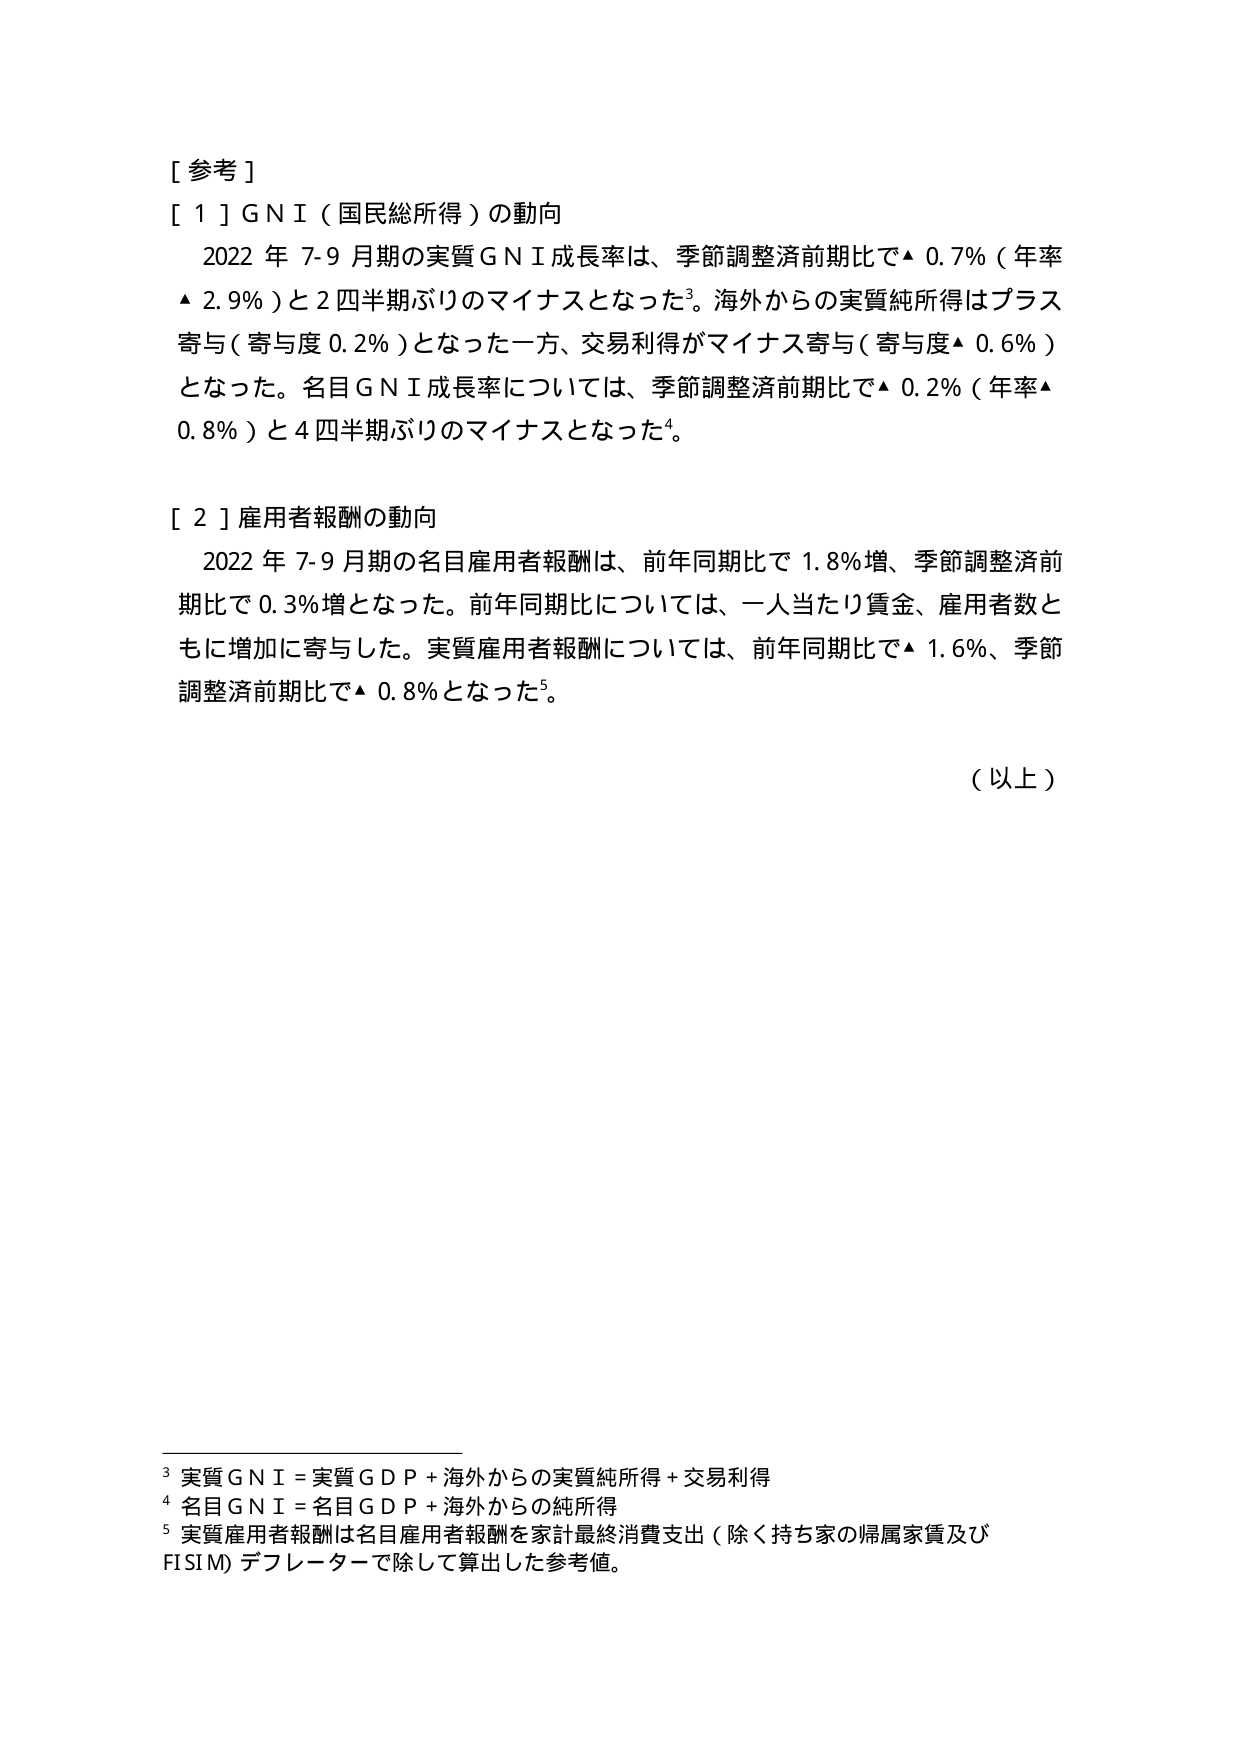
[参考]

[1] GNI（国民総所得）の動向
　2022年7-9月期の実質GNI成長率は、季節調整済前期比で▲0.7％（年率▲2.9％）と2四半期ぶりのマイナスとなった³。海外からの実質純所得はプラス寄与（寄与度0.2％）となった一方、交易利得がマイナス寄与（寄与度▲0.6％）となった。名目GNI成長率については、季節調整済前期比で▲0.2％（年率▲0.8％）と4四半期ぶりのマイナスとなった⁴。

[2] 雇用者報酬の動向
　2022年7-9月期の名目雇用者報酬は、前年同期比で1.8％増、季節調整済前期比で0.3％増となった。前年同期比については、一人当たり賃金、雇用者数ともに増加に寄与した。実質雇用者報酬については、前年同期比で▲1.6％、季節調整済前期比で▲0.8％となった⁵。

（以上）

³ 実質GNI = 実質GDP + 海外からの実質純所得 + 交易利得
⁴ 名目GNI = 名目GDP + 海外からの純所得
⁵ 実質雇用者報酬は名目雇用者報酬を家計最終消費支出（除く持ち家の帰属家賃及びFISIM）デフレーターで除して算出した参考値。